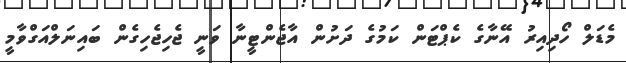
މެޑަލް ހޯދިއިރު އޭނާގެ ކެޕްޓަން ކަމުގެ ދަށުން އާޖެންޓީނާ ވަނީ ޖެހިޖެހިގެން ބައިނަލްއަގްވާމީ